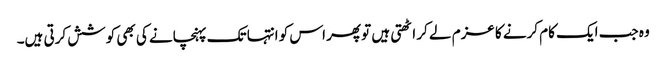
وہ جب ایک کام کرنے کا عزم لے کر اٹھتی ہیں تو پھر اس کو انتہا تک پہنچانے کی بھی کوشش کرتی ہیں۔